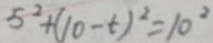
5 ^ { 2 } + ( 1 0 - t ) ^ { 2 } = 1 0 ^ { 2 }